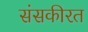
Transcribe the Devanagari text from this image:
संसकीरत